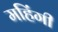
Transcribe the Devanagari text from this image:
महिंगी